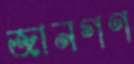
জানগণ